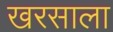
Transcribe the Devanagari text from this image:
खरसाला